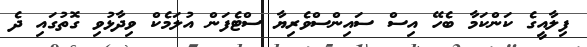
ފިލާއީގެ ކަންކަމާ ބެހޭ އިސް ސައިންސްވެރިޔާ ސްޓެފަން އުލަމެކް ވިދާޅުވި ގޮތުގައި ދެ